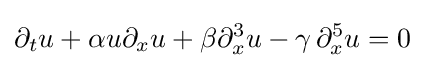
\partial _{t}u+\alpha u\partial _{x}u+\beta \partial _{x}^{3}u-\gamma \,\partial _{x}^{5}u=0